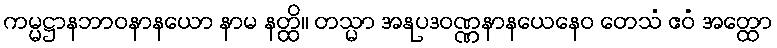
ကမ္မဋ္ဌာနဘာဝနာနယော နာမ နတ္ထိ။ တသ္မာ အနုပဒဝဏ္ဏနာနယေနေဝ တေသံ ဧဝံ အတ္ထော